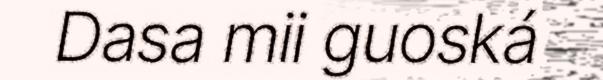
Dasa mii guoská